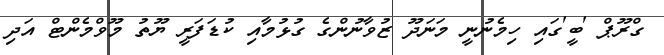
ގްރޫޕް 'ބީ'ގައި ހިމެނުނީ މަނަދޫ ޒުވާނުންގެ ގުޅުމާއި ކުޑަފަރީ ޔޫތު މޫވްމެންޓް އަދި